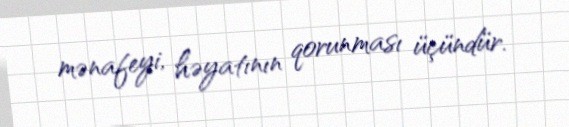
mənafeyi, həyatının qorunması üçündür.